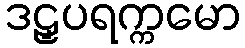
ဒဠှပရက္ကမော